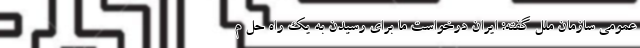
عمومی سازمان ملل گفته: ایران درخواست ما برای رسیدن به یک راه حل م